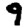
Digit: 9